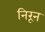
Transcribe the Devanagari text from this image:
निरून